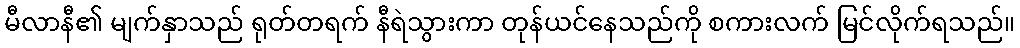
မီလာနီ၏ မျက်နှာသည် ရုတ်တရက် နီရဲသွားကာ တုန်ယင်နေသည်ကို စကားလက် မြင်လိုက်ရသည်။